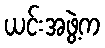
ယင်းအဖွဲ့က